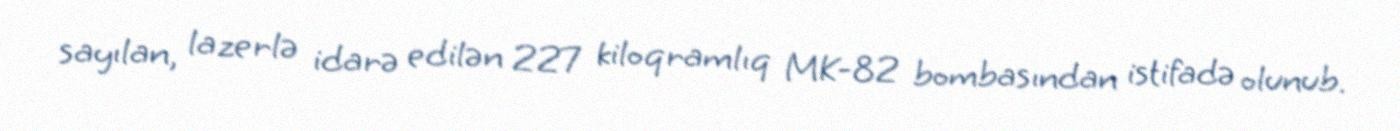
sayılan, lazerlə idarə edilən 227 kiloqramlıq MK-82 bombasından istifadə olunub.